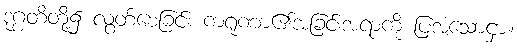
ဒုဂ္ဂတိတို့၌ လွတ်စေခြင်း ကရုဏာ၏အခြင်းအရာကို ပြအံ့သောငှာ။